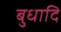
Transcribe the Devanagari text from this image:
बुधादि